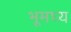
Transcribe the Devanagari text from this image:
भूमघ्य